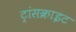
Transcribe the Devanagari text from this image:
ट्रांसक्राइट